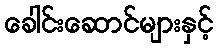
ခေါင်းဆောင်များနှင့်